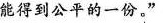
能得到公平的一份。”